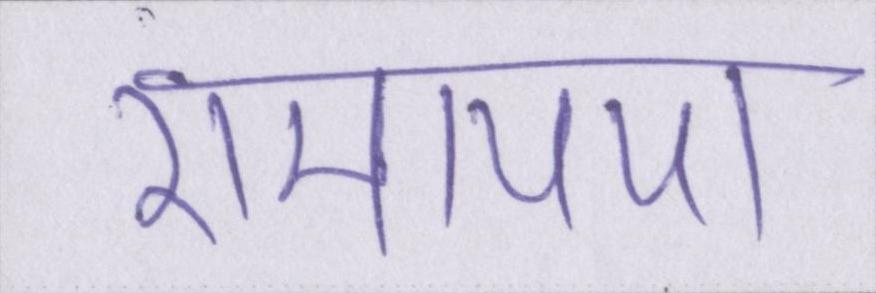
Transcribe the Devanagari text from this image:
रामायण